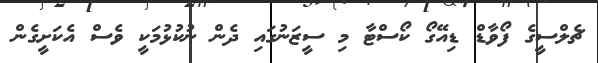
ޗެލްސީގެ ފޯވާޑް ޑިއޭގޯ ކޯސްޓާ މި ސީޒަނުގައި ދެން ނުކުޅުމަކީ ވެސް އެކަށީގެން